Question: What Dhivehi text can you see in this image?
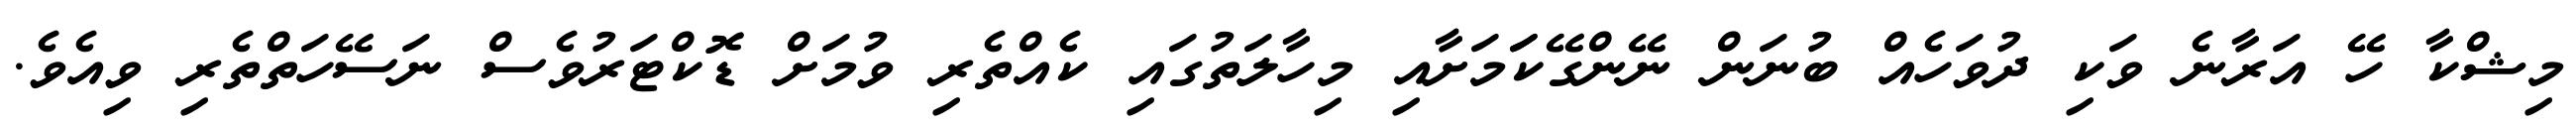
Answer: މިޝްކާ ހޭ އަރާނެ ވަކި ދުވަހެއް ބުނަން ނޭންގޭކަަމަށާއި މިހާލަތުގައި ކެއްތެރި ވުމަށް ޑޮކްޓަރުވެސް ނަސޭހަތްތެރި ވިއެވެ.